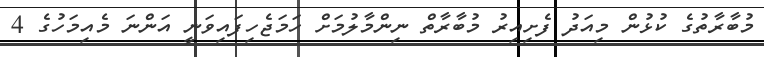
މުބާރާތުގެ ކުޅުން މިއަދު ފެށިއިރު މުބާރާތް ނިންމާލުމަށް ހަމަޖެހިފައިވަނީ އަންނަ މެއިމަހުގެ 4